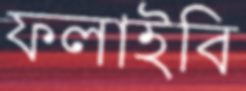
ফলাইবি